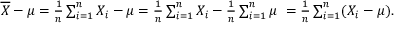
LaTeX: \begin{array} { r } { { \overline { { X } } } - \mu = { \frac { 1 } { n } } \sum _ { i = 1 } ^ { n } X _ { i } - \mu = { \frac { 1 } { n } } \sum _ { i = 1 } ^ { n } X _ { i } - { \frac { 1 } { n } } \sum _ { i = 1 } ^ { n } \mu \ = { \frac { 1 } { n } } \sum _ { i = 1 } ^ { n } ( X _ { i } - \mu ) . } \end{array}